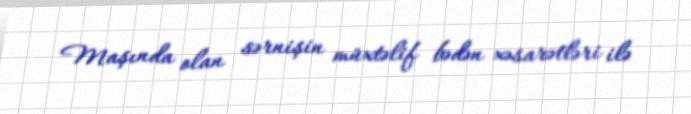
Maşında olan sərnişin müxtəlif bədən xəsarətləri ilə